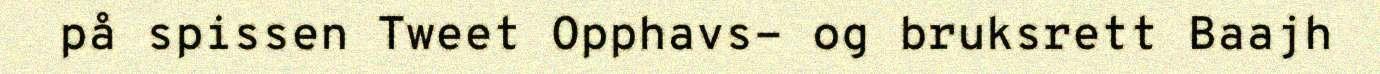
på spissen Tweet Opphavs- og bruksrett Baajh